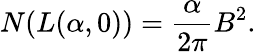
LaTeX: N(L(\alpha,0))=\frac{\alpha}{2\pi}B^{2}.